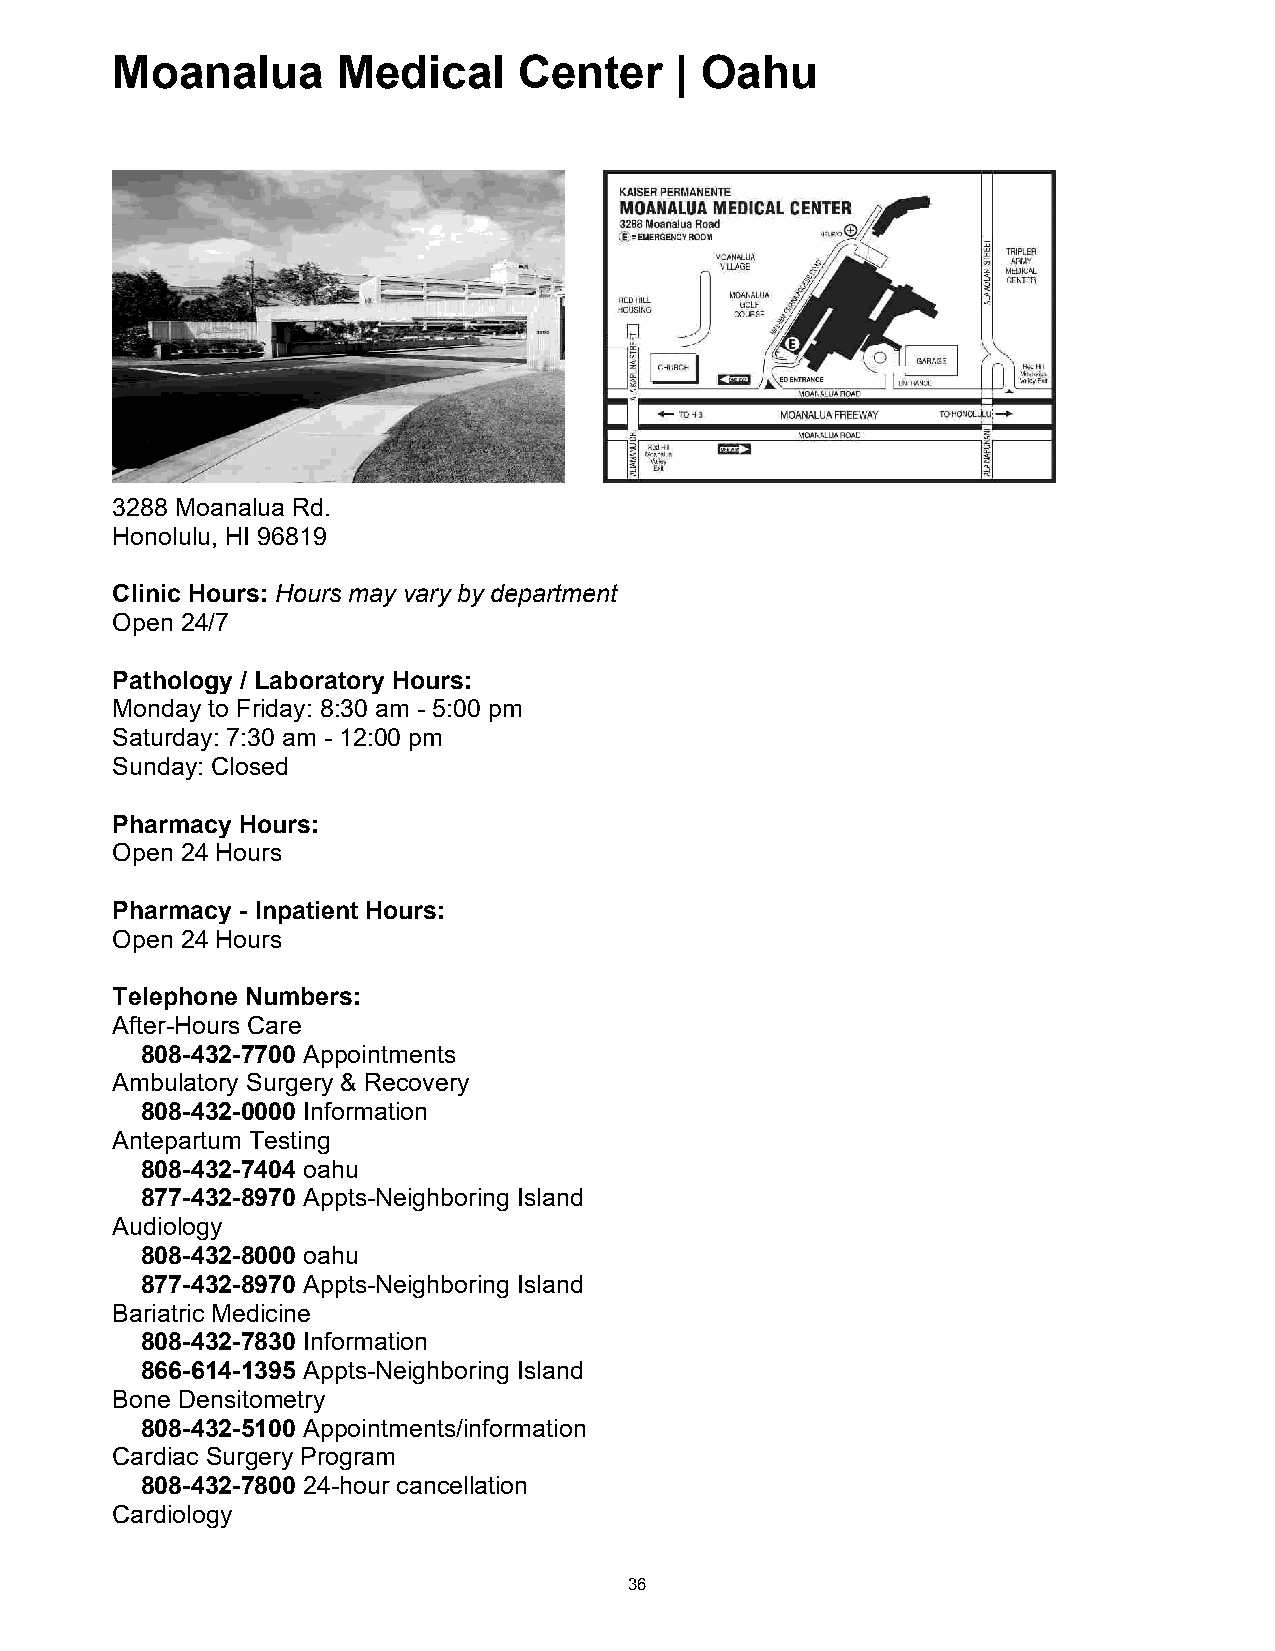
Moanalua       Medical     Center     | Oahu
 Moanalua Medical Center | Oahu
 3288 Moanalua Rd.
 Honolulu, HI 96819
 Clinic Hours: Hours may vary by department
 Open 24/7
 Pathology / Laboratory Hours:
 Monday to Friday: 8:30 am - 5:00 pm
 Saturday: 7:30 am - 12:00 pm
 Sunday: Closed
 Pharmacy Hours:
 Open 24 Hours
 Pharmacy - Inpatient Hours:
 Open 24 Hours
 Telephone Numbers:
 After-Hours Care
 808-432-7700 Appointments
 Ambulatory Surgery & Recovery
 808-432-0000 Information
 Antepartum Testing
 808-432-7404 oahu
 877-432-8970 Appts-Neighboring Island
 Audiology
 808-432-8000 oahu
 877-432-8970 Appts-Neighboring Island
 Bariatric Medicine
 808-432-7830 Information
 866-614-1395 Appts-Neighboring Island
 Bone Densitometry
 808-432-5100 Appointments/information
 Cardiac Surgery Program
 808-432-7800 24-hour cancellation
 Cardiology
 36